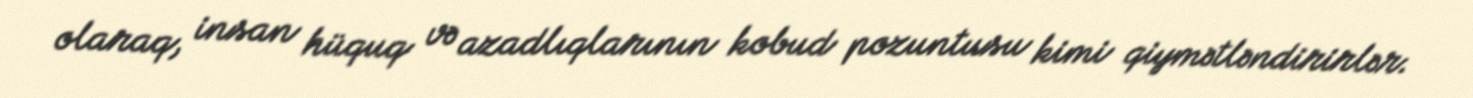
olaraq, insan hüquq və azadlıqlarının kobud pozuntusu kimi qiymətləndirirlər.